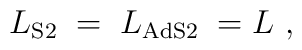
{L}_{\rm S2}\; =\; {L}_{\rm AdS2}\; = L \ ,